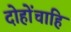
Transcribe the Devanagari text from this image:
दोहोंचाहि